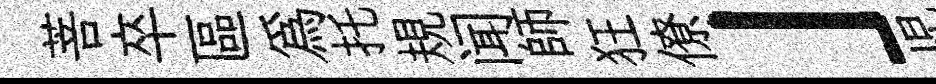
菩卒區爲托規闻師狂僚」児